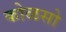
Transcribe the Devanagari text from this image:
कोळसो